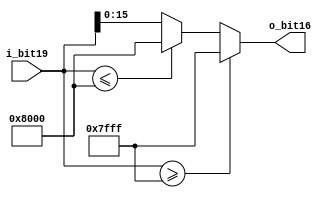
module sat
(
 input      signed [18:0] i_bit19,
 output reg signed [15:0] o_bit16
);

always @(*)
begin
  if(i_bit19 >= 32767)
	o_bit16 = 32767;
  else if(i_bit19 <= -32768)
	o_bit16 = -32768;
  else
    o_bit16 = i_bit19;
end

endmodule